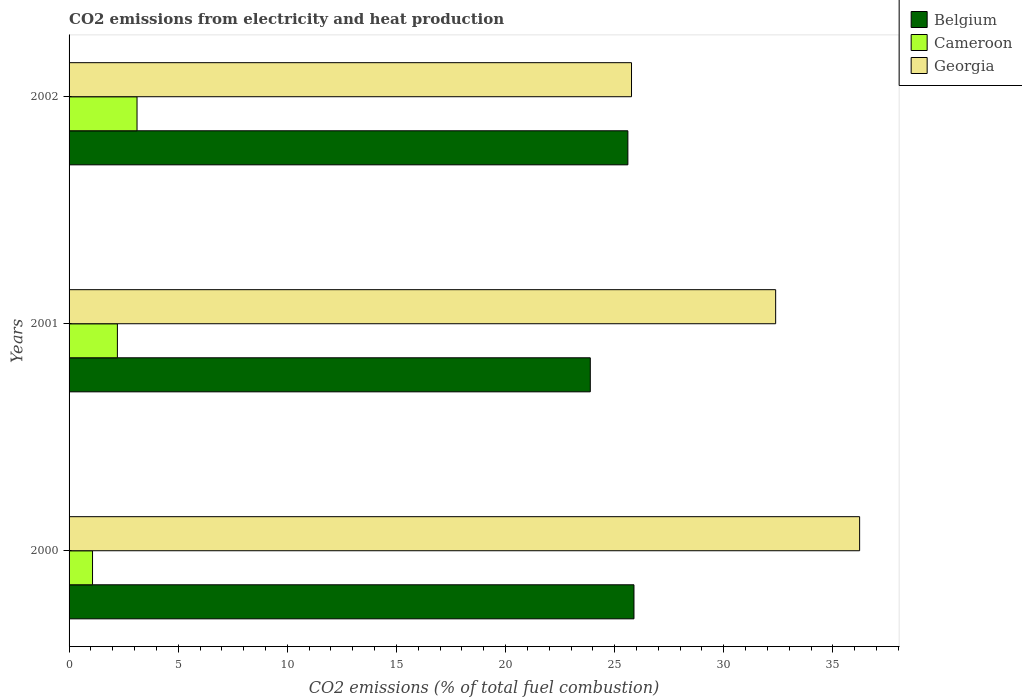
| Years | Belgium | Cameroon | Georgia |
 | --- | --- | --- | --- |
 | 2000 | 25.9 | 1.08 | 36.2 |
 | 2001 | 23.9 | 2.21 | 32.4 |
 | 2002 | 25.6 | 3.11 | 25.8 |